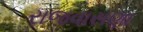
રાજવાસણા